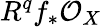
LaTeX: R^{q}f_{*}{\mathcal{O}}_{X}